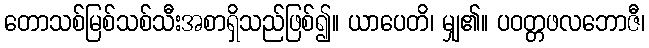
တောသစ်မြစ်သစ်သီးအစာရှိသည်ဖြစ်၍။ ယာပေတိ၊ မျှ၏။ ပဝတ္တဖလဘောဇီ၊